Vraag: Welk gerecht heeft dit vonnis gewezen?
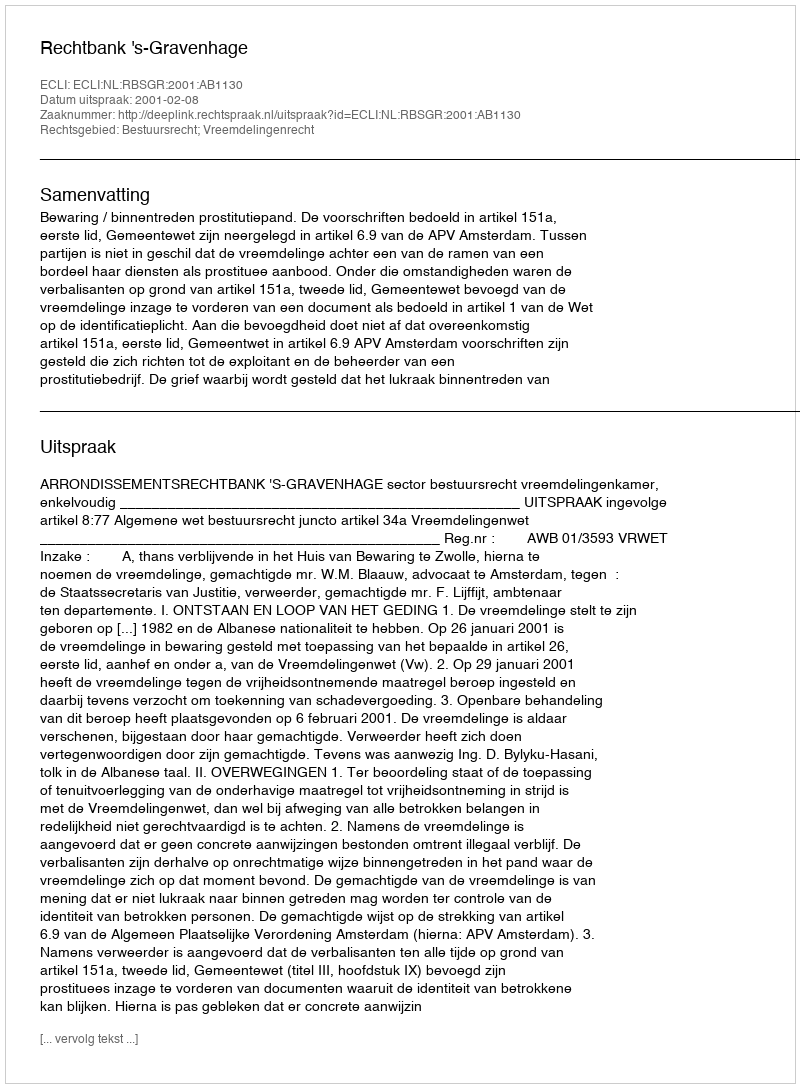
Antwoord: Rechtbank 's-Gravenhage